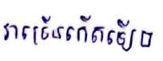
វាច្រើនកើតឡើង